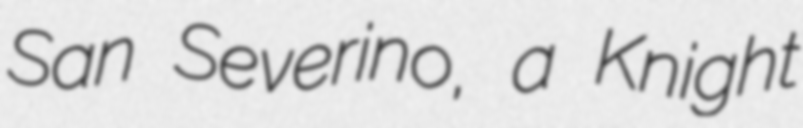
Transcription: San Severino, a Knight